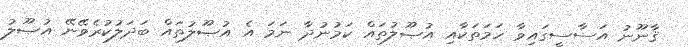
ޤާނޫނު އަސާސީގައިވާ ހަމަތަކާއި އުޞޫލުތައް ކަމުނުދާ ނަމަ އެ އުޞޫލުތައް ބަދަލުކުރެވޭނޭ އުޞޫލު